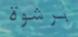
برشوة